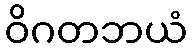
ဝိဂတဘယံ